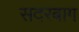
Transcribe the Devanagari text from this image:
सदरबाग